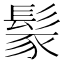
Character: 𩭐